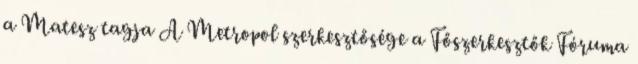
a Matesz tagja A Metropol szerkesztősége a Főszerkesztők Fóruma